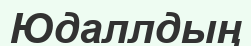
Юдаллдың